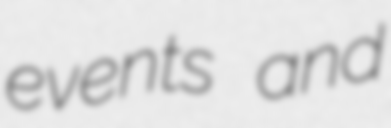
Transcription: events and